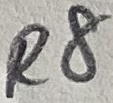
Text: R8